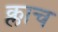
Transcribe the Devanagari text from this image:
क्लाच